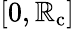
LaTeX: [0,\mathbb{R}_{\mathrm{{c}}}]